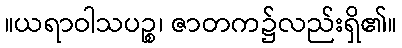
။ယရာဝါသပဉ္စ၊ ဇာတက၌လည်းရှိ၏။